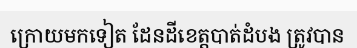
ក្រោយមកទៀត ដែនដីខេត្តបាត់ដំបង ត្រូវបាន